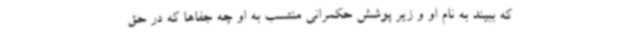
که ببیند به نام او و زیر پوشش حکمرانی منتسب به او چه جفاها که در حق